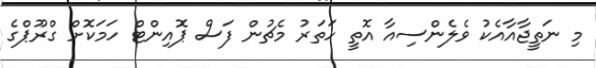
މި ނަތީޖާއާއެކު ވެލެންސިއާ އޮތީ ހަތަރު މެޗުން ފަސް ޕޮއިންޓް ހަމަކޮށް ގްރޫޕްގެ